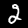
Digit: 2